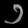
Digit: ၁